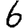
Digit: 6